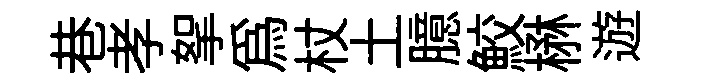
巷孝挐爲杖土臆鮫楙遊